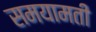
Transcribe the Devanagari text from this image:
समयामती